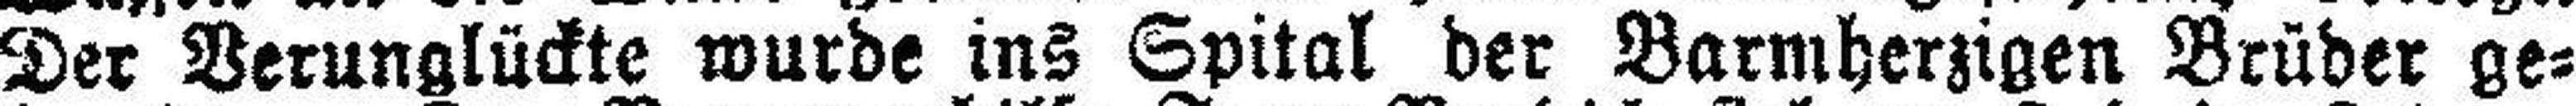
Der Verunglückte wurde ins Spital der Barmherzigen Brüder ge¬